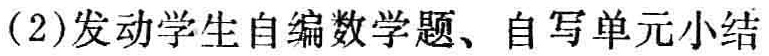
(2)发动学生自编数学题、自写单元小结